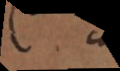
C a